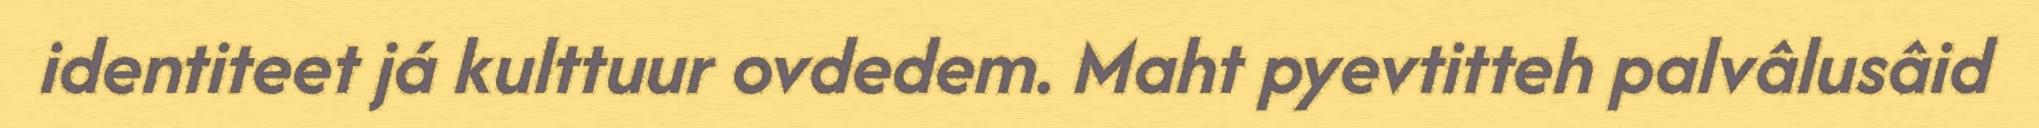
identiteet já kulttuur ovdedem. Maht pyevtitteh palvâlusâid